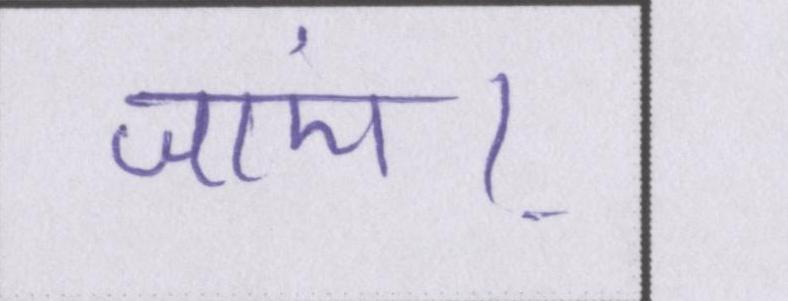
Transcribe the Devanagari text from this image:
जाएं।